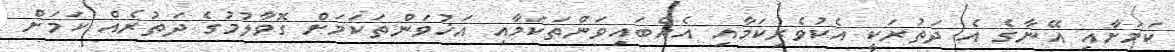
ކަމަށާއި އޭނާގެ އެ ދަތުރަކީ އެކުވެރިކަމާއި އެއްބައިވަންތަކަމާއި އަޚުވަންތަކަމަށް ގޮވާލުމުގެ ދަތުރެއް ކަމަށް